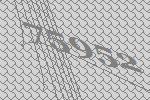
75952